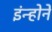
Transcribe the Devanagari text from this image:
इंन्होने